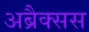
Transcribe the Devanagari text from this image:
अब्रैक्सस